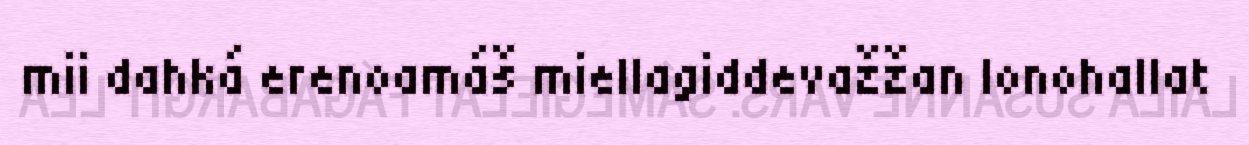
mii dahká erenoamáš miellagiddevažžan lonohallat